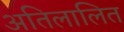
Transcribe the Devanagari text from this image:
अतिलालित